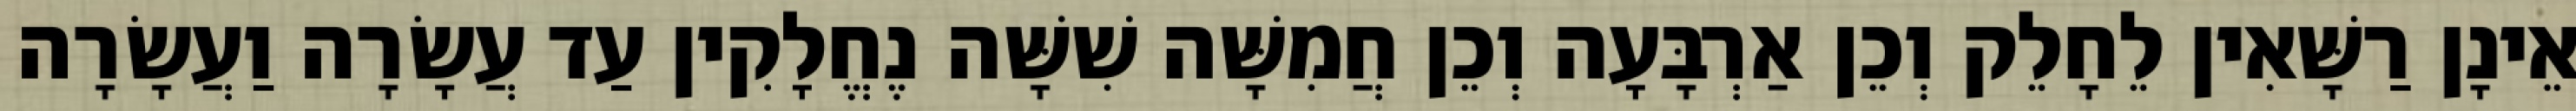
אֵינָן רַשָּׁאִין לֵחָלֵק וְכֵן אַרְבָּעָה וְכֵן חֲמִשָּׁה שִׁשָּׁה נֶחֱלָקִין עַד עֲשָׂרָה וַעֲשָׂרָה